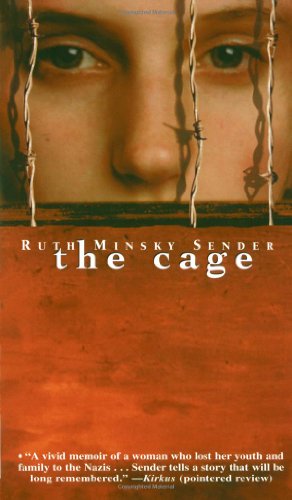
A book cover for The Cage; Ruth Minsky Sender; Teen & Young Adult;